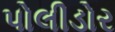
પોલીડોર